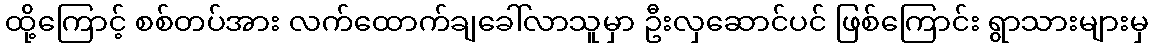
ထို့ကြောင့် စစ်တပ်အား လက်ထောက်ချခေါ်လာသူမှာ ဦးလှဆောင်ပင် ဖြစ်ကြောင်း ရွာသားများမှ